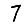
Digit: 7